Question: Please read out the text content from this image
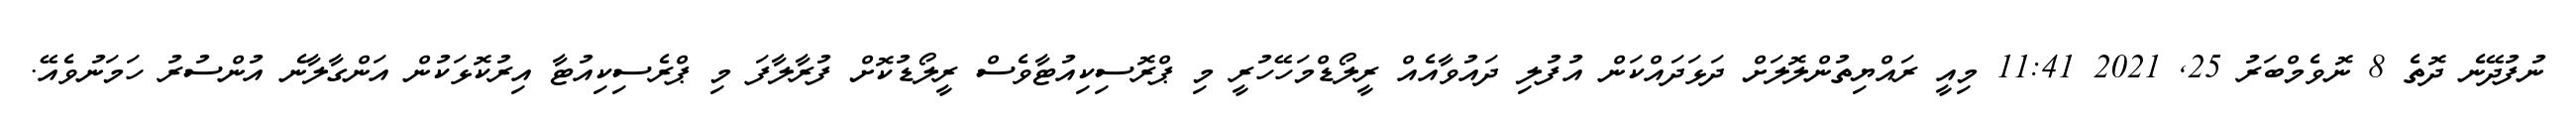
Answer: ނުފުދޭނެ ދޮތެ 8 ނޮވެމްބަރު 25, 2021 11:41 މިއީ ރައްޔިތުންލޮލަށް ދަޅަދައްކަން އުފުލި ދައުވާއެއް ރީލޯޑްމަހޭހުރީ މި ޕްރޮސިކިއުޓާވެސް ރީލޯޑުކޮށް ފުރާލާފަ މި ޕްރެސިކިއުޓާ އިރުކޮޅަކުން އަންގާލާނެ އުންސުރު ހަމަނުވެއޭ.